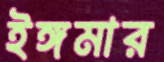
ইঙ্গমার